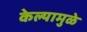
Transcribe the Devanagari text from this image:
केल्‍यामुळे